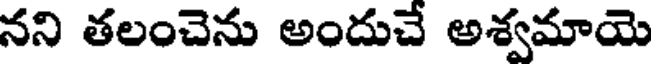
నని తలంచెను అందుచే అశ్వమాయె